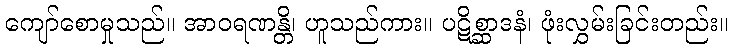
ကျော်စောမှုသည်။ အာဝရဏန္တိ၊ ဟူသည်ကား။ ပဋိစ္ဆာဒနံ၊ ဖုံးလွှမ်းခြင်းတည်း။